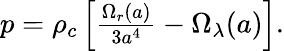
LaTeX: \begin{array}{r}{p=\rho_{c}\left[\frac{\Omega_{r}(a)}{3a^{4}}-\Omega_{\lambda}(a)\right].}\end{array}